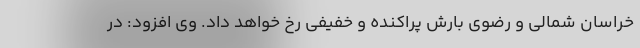
خراسان شمالی و رضوی بارش پراکنده و خفیفی رخ خواهد داد. وی افزود: در